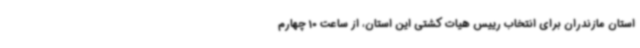
استان مازندران برای انتخاب رییس هیات کشتی این استان، از ساعت 10 چهارم